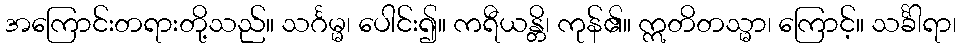
အကြောင်းတရားတို့သည်။ သင်္ဂမ္မ၊ ပေါင်း၍။ ကရီယန္တိ၊ ကုန်၏။ ဣတိတသ္မာ၊ ကြောင့်။ သင်္ခါရာ၊